Report of the Municipal Commissioner on the plague in Bombay for the year ending 31st May... - Volume 1
Disease focus: Plague
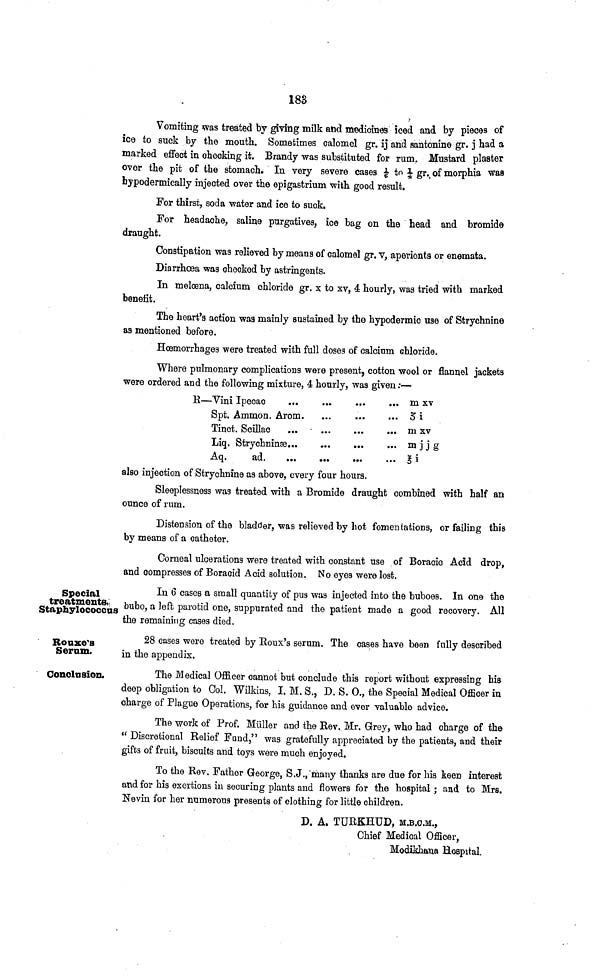
183
Vomiting was treated by giving milk and medicines iced and by pieces of
ice to suck by the mouth. Sometimes calomel gr. ij and santonine gr. j had a
marked effect in checking it. Brandy was substituted for rum. Mustard plaster
over the pit of the stomach. In very severe cases 1/e to 1/4 gr. of morphia was
bypodermically injected over the epigastrium with good result.
For thirst, soda water and ice to suck.
For headache, saline purgatives, ice bag on the head and bromide
draught.
Constipation was relieved by means of calomel gr. V, aperients or enemata.
Diarrhoea was checked by astringents.
In meloena, calcium chloride gr. x to xv, 4 hourly, was tried with marked
benefit.
The heart's action waa mainly sustained by the hypodermic use of Strychnine
as mentioned before.
Hoemorrhages were treated with full doses of calcium chloride.
Where pulmonary complications were present, cotton wool or flannel jackets
were ordered and the following mixture, 4 hourly, was given:—
R—Vini Ipecac
...
m xv
Spt. Ammon. Arom.
...
5 i
Tinct. Scillac
m xv
Liq. Strychninse
m
j j g
Aq.
ad
B i
also injection of Strychnine as above, every four hours.
Sleeplessness was treated with a Bromide draught combined with half an
ounce of rum.
Distension of the bladder, was relieved by hot fomentations, or failing this
by means of a catheter.
Oorneal ulcerations were treated with constant use of Boracic Acid drop,
and compresses of Boracid Acid solution. No eyes were lost.
Special
treatments,
Stapbylococcns
In 6 cases a small quantity of pus was injected into the buboes. In one the
bubo, a left parotid one, suppurated and the patient made a good recovery. All
;he remaining cases died.
Rouse's
Serum.
28 cases were treated by Roux's serum. The cases have been fully described
in the appendix.
Conclusion.
The Medical Officer cannot but conclude this report without expressing his
deep obligation to Col. Wilkius, I. M. S., D. S. 0., the Special Medical Officer in
charge of Plague Operations, for his guidance and ever valuable advice.
The work of Prof. Miiller and the Rev. Mr. Grey, who had charge of the
" Discretional Relief Fund," was gratefully appreciated by the patients, and their
gifts of fruit, biscuits and toys were much enjoyed.
To the Rev. Father George, S.J., many thanks are due for his keen interest
and for his exertions in securing plants and flowers for the hospital; and to Mrs.
Nevin for her numerous presents of clothing for little children.
D. A. TURKHUD, M.B.O.M.,
Chief Medical Officer,
Modikhana Hospital.